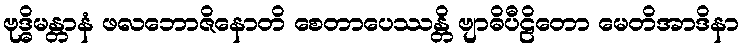
ဗုဒ္ဓိမန္တာနံ ဖလဘောဇိနောတိ စေတာပေဿန္တိ ဗျာဓိပီဠိတော မေတိအာဒိနာ